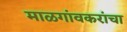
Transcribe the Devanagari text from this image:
माळगांवकरांचा